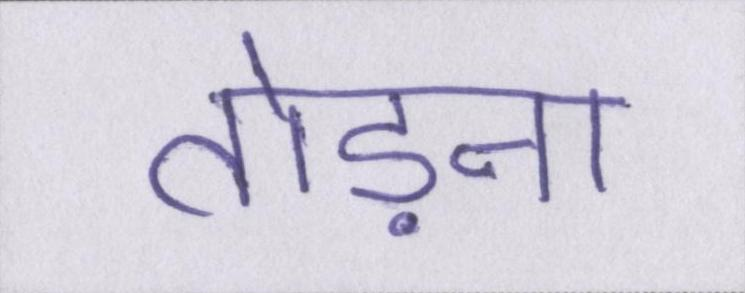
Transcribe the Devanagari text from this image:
तोड़ना